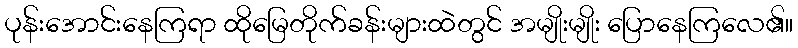
ပုန်းအောင်းနေကြရာ ထိုမြေတိုက်ခန်းများထဲတွင် အမျိုးမျိုး ပြောနေကြလေ၏။